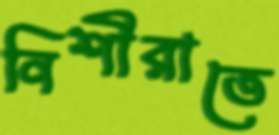
নিশীরাতে